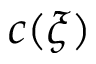
c ( \xi )